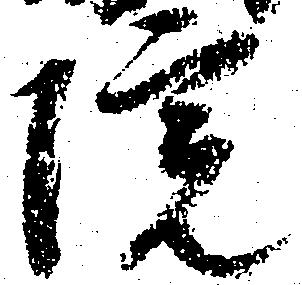
院